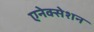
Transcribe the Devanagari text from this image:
एनेक्सेशन